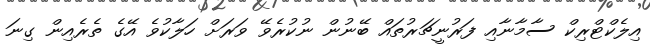
އިލެކްޓްރިކް ސާމާނާއި ފަރުނީޗަރުތައް ބޭނުން ނުކުރެވޭ ވަރަށް ހަލާކުވެ އޭގެ ތެރެއިން ގިނަ